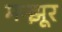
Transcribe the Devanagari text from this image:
मन्झूर